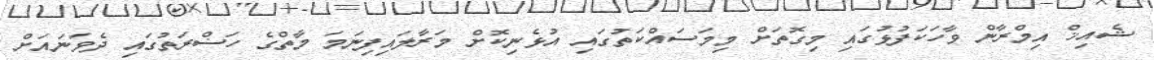
ޝެއިޚް އިމްރާން ވާހަކަފުޅުގައި މިގޮތަށް މިމަސައްކަތުގައި އުޅެނިކޮށް މަރާލައިފިނަމަ މާތްގެ ހަޟްރަތުގައި ދެވަނައަށް